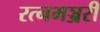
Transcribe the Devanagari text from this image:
रत्नमञ्जरी